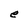
Character: e